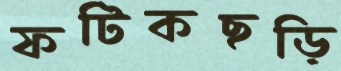
ফটিকছড়ি